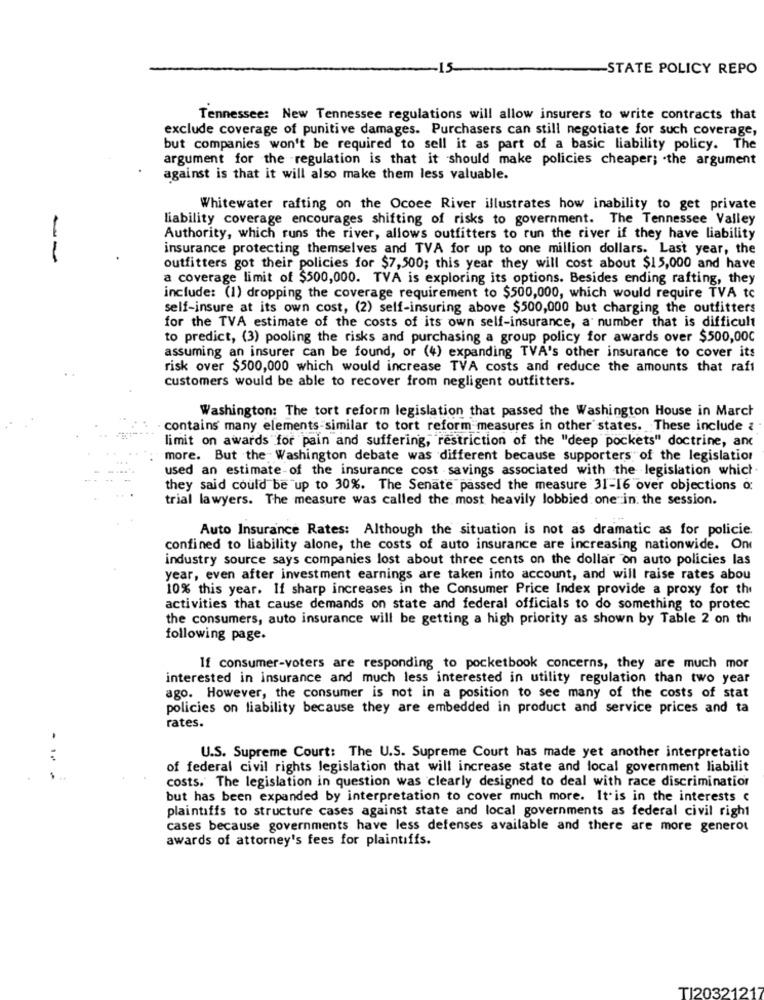
STATE POLICY REPO
Tennessee: New Tennessee regulations will allow insurers to write contracts that
exclude coverage of punitive damages. Purchasers can still negotiate for such coverage,
but companies won't be required to sell it as part of a basic liability policy. The
argument for the regulation is that it should make policies cheaper; . the argument
against is that it will also make them less valuable.
Whitewater rafting on the Ocoee River illustrates how inability to get private
liability coverage encourages shifting of risks to government. The Tennessee Valley
Authority, which runs the river, allows outfitters to run the river if they have liability
insurance protecting themselves and TVA for up to one million dollars. Last year, the
--
outfitters got their policies for $7,500; this year they will cost about $15,000 and have
a coverage limit of $500,000. TVA is exploring its options. Besides ending rafting, they
include: (1) dropping the coverage requirement to $500,000, which would require TVA tc
self-insure at its own cost, (2) self-insuring above $500,000 but charging the outfitters
for the TVA estimate of the costs of its own self-insurance, a number that is difficult
to predict, (3) pooling the risks and purchasing a group policy for awards over $500,00℃
assuming an insurer can be found, or (4) expanding TVA's other insurance to cover its
risk over $500,000 which would increase TVA costs and reduce the amounts that raft
customers would be able to recover from negligent outfitters.
Washington: The tort reform legislation that passed the Washington House in March
contains many elements similar to tort reform measures in other states. These include &
limit on awards for pain and suffering, restriction of the "deep pockets" doctrine, and
more. But the Washington debate was different because supporters of the legislation
used an estimate-of the insurance cost savings associated with the legislation which
they said could be up to 30%. The Senate passed the measure 31-16 over objections o:
trial lawyers. The measure was called the most heavily lobbied one in. the session.
Auto Insurance Rates: Although the situation is not as dramatic as for policie.
confined to liability alone, the costs of auto insurance are increasing nationwide. On
industry source says companies lost about three cents on the dollar on auto policies las
year, even after investment earnings are taken into account, and will raise rates abou
10% this year. If sharp increases in the Consumer Price Index provide a proxy for the
activities that cause demands on state and federal officials to do something to protec
the consumers, auto insurance will be getting a high priority as shown by Table 2 on thi
following page.
If consumer-voters are responding to pocketbook concerns, they are much mor
interested in insurance and much less interested in utility regulation than two year
ago. However, the consumer is not in a position to see many of the costs of stat
policies on liability because they are embedded in product and service prices and ta
rates.
U.S. Supreme Court: The U.S. Supreme Court has made yet another interpretatio
of federal civil rights legislation that will increase state and local government liabilit
costs. The legislation in question was clearly designed to deal with race discrimination
but has been expanded by interpretation to cover much more. It is in the interests c
plaintiffs to structure cases against state and local governments as federal civil right
cases because governments have less defenses available and there are more generot
awards of attorney's fees for plaintiffs.
TI20321217